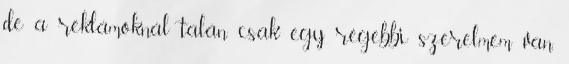
de a reklámoknál talán csak egy régebbi szerelmem van,